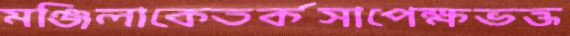
মঞ্জিলাকেতর্কসাপেক্ষভক্ত